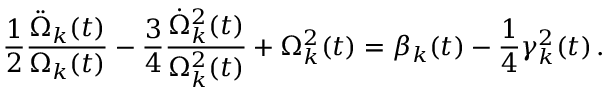
\frac { 1 } { 2 } \frac { \ddot { \Omega } _ { k } ( t ) } { \Omega _ { k } ( t ) } - \frac { 3 } { 4 } \frac { \dot { \Omega } _ { k } ^ { 2 } ( t ) } { \Omega _ { k } ^ { 2 } ( t ) } + \Omega _ { k } ^ { 2 } ( t ) = \beta _ { k } ( t ) - \frac { 1 } { 4 } \gamma _ { k } ^ { 2 } ( t ) \, .